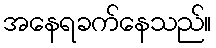
အနေရခက်နေသည်။